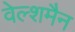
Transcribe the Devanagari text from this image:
वेल्शमैन